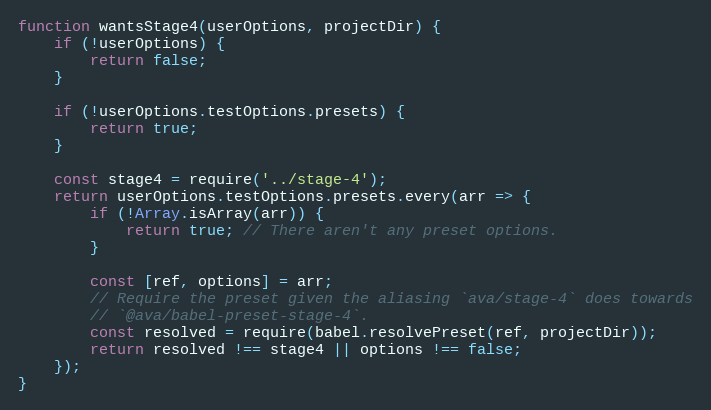
Language: JavaScript
function wantsStage4(userOptions, projectDir) {
	if (!userOptions) {
		return false;
	}

	if (!userOptions.testOptions.presets) {
		return true;
	}

	const stage4 = require('../stage-4');
	return userOptions.testOptions.presets.every(arr => {
		if (!Array.isArray(arr)) {
			return true; // There aren't any preset options.
		}

		const [ref, options] = arr;
		// Require the preset given the aliasing `ava/stage-4` does towards
		// `@ava/babel-preset-stage-4`.
		const resolved = require(babel.resolvePreset(ref, projectDir));
		return resolved !== stage4 || options !== false;
	});
}